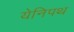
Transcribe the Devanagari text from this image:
येनिपथ